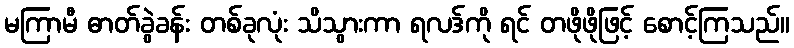
မကြာမီ ဓာတ်ခွဲခန်း တစ်ခုလုံး သိသွားကာ ရလဒ်ကို ရင် တဖိုဖိုဖြင့် စောင့်ကြသည်။